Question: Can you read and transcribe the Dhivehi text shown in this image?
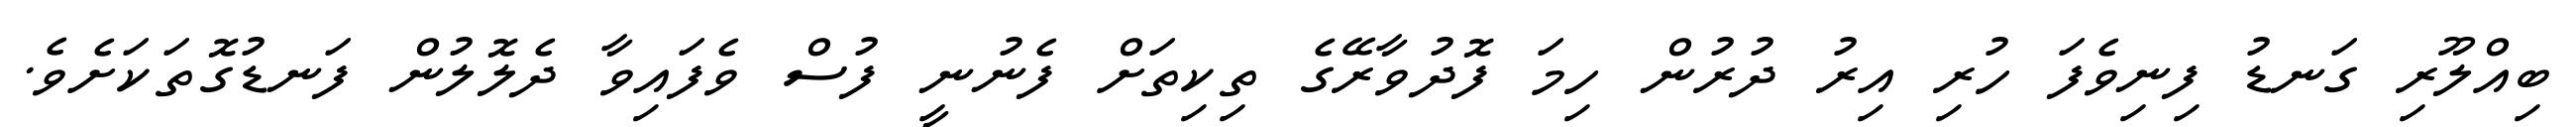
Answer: ބިއްލޫރި ގަނޑު ފިނިވެފަ ހުރި އިރު ދުރުން ހިމަ ފޮދުވާރޭގެ ތިކިތަށް ފެނުނީ ފުސް ވެފައިވާ ދެލޮލުން ފަނޑުގޮތަކަށެވެ.